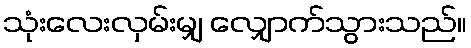
သုံးလေးလှမ်းမျှ လျှောက်သွားသည်။